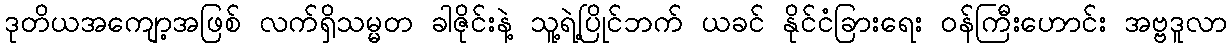
ဒုတိယအကျော့အဖြစ် လက်ရှိသမ္မတ ခါဇိုင်းနဲ့ သူ့ရဲ့ပြိုင်ဘက် ယခင် နိုင်ငံခြားရေး ဝန်ကြီးဟောင်း အဗ္ဗဒူလာ